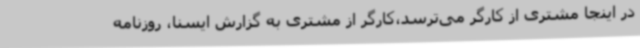
در اینجا مشتری از کارگر می‌ترسد،کارگر از مشتری به گزارش ایسنا، روزنامه